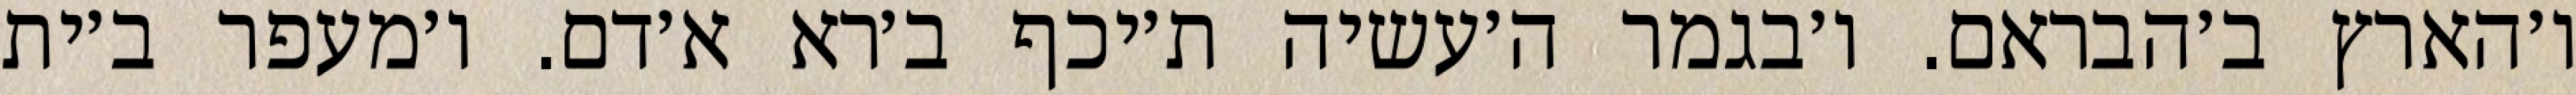
ו׳הארץ ב׳הבראם. ו׳בגמר ה׳עשיה ת׳יכף ב׳רא א׳דם. ו׳מעפר ב׳ית